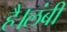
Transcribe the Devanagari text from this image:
है।लंबी